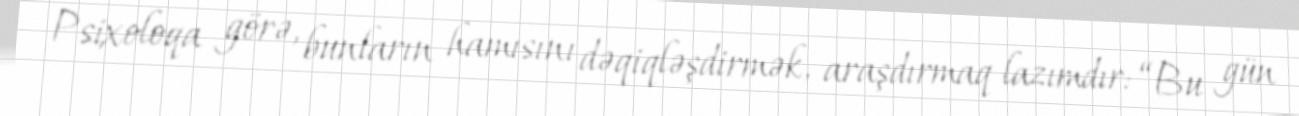
Psixoloqa görə, bunların hamısını dəqiqləşdirmək, araşdırmaq lazımdır: “Bu gün